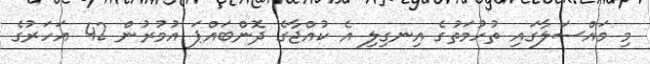
މި މައްސަލާގައި ތުހުމަތުގެ އިނގިލި އެ ކުއްޖާގެ ދޮންބައްޕަ އުމުރުން 42 އަހަރުގެ